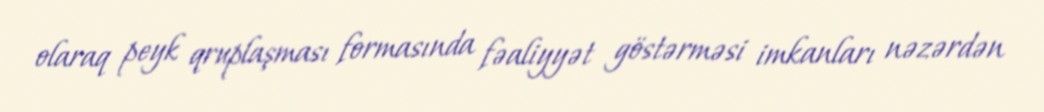
olaraq peyk qruplaşması formasında fəaliyyət göstərməsi imkanları nəzərdən